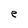
Character: e